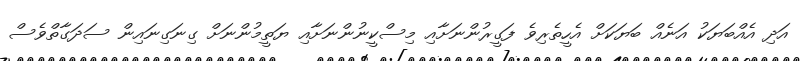
އަދި އެއްބަޔަކު އަނެއް ބަޔަކަށް އެހީތެރިވެ ފަގީރުންނަށާއި މިސްކީނުންނަށާއި ޔަތީމުންނަށް ގިނަގިނައިން ސަދަގާތްވެސް